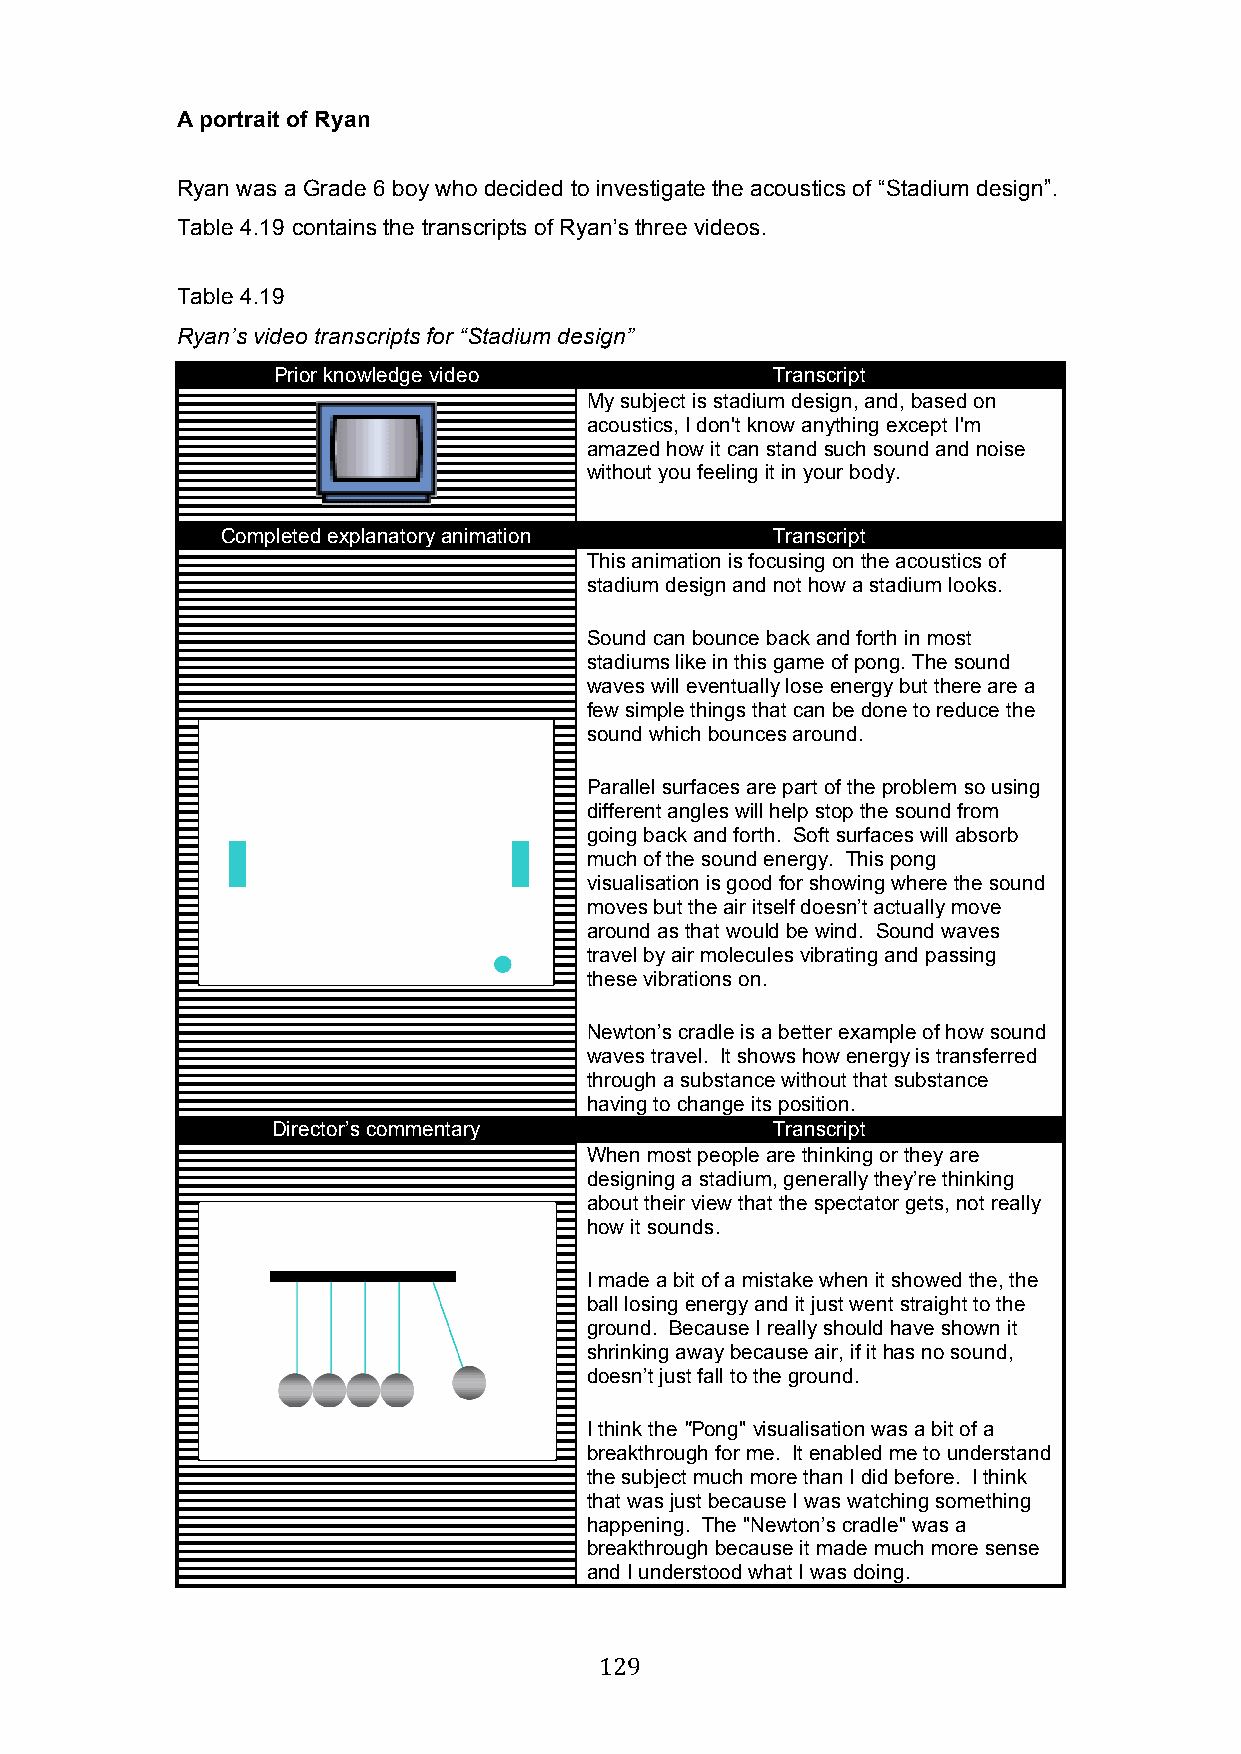
A portrait of Ryan
 Ryan was a Grade 6 boy who decided to investigate the acoustics of “Stadium design”.
 Table 4.19 contains the transcripts of Ryan’s three videos.
 Table 4.19
 Ryan’s video transcripts for “Stadium design”
 Prior knowledge video            Transcript
 My subject is stadium design, and, based on
 acoustics, I don't know anything except I'm
 amazed how it can stand such sound and noise
 without you feeling it in your body.
 Completed explanatory animation     Transcript
 This animation is focusing on the acoustics of
 stadium design and not how a stadium looks.
 Sound can bounce back and forth in most
 stadiums like in this game of pong. The sound
 waves will eventually lose energy but there are a
 few simple things that can be done to reduce the
 sound which bounces around.
 Parallel surfaces are part of the problem so using
 different angles will help stop the sound from
 going back and forth. Soft surfaces will absorb
 much of the sound energy. This pong
 visualisation is good for showing where the sound
 moves but the air itself doesn’t actually move
 around as that would be wind. Sound waves
 travel by air molecules vibrating and passing
 these vibrations on.
 Newton’s cradle is a better example of how sound
 waves travel. It shows how energy is transferred
 through a substance without that substance
 having to change its position.
 Director’s commentary            Transcript
 When most people are thinking or they are
 designing a stadium, generally they’re thinking
 about their view that the spectator gets, not really
 how it sounds.
 I made a bit of a mistake when it showed the, the
 ball losing energy and it just went straight to the
 ground. Because I really should have shown it
 shrinking away because air, if it has no sound,
 doesn’t just fall to the ground.
 I think the "Pong" visualisation was a bit of a
 breakthrough for me. It enabled me to understand
 the subject much more than I did before. I think
 that was just because I was watching something
 happening. The "Newton’s cradle" was a
 breakthrough because it made much more sense
 and I understood what I was doing.
 129